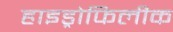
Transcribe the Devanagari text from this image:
हाइड्रोफिलीक